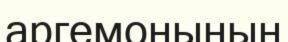
аргемонының